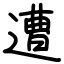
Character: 遭